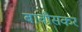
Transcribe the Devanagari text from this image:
बावीसकर